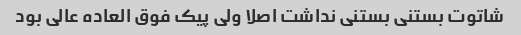
شاتوت بستنی بستنی نداشت اصلا ولی پیک فوق العاده عالی بود